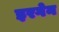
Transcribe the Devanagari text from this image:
इरगेन